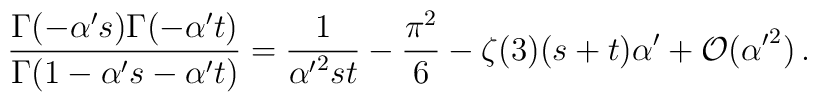
\frac{\Gamma(- \alpha' s) \Gamma(- \alpha' t)} {\Gamma(1- \alpha' s - \alpha' t)} = \frac{1}{{\alpha'}^2 s t} - \frac{\pi^2}{6} - \zeta(3) (s+t) \alpha' + {\cal O}({\alpha'}^2)\,.